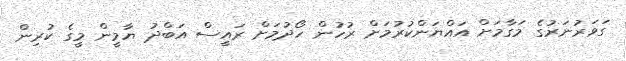
ގަވަރުނަރުގެ މަގާމަށް އައްޔަންކުރުމަށް ރުހުން ހޯދުމަށް ރައީސް އަބްދު ޔާމީން މީގެ ކުރިން